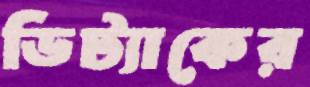
ডিট্যাকের